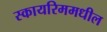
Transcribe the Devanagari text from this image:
स्कायरिममधील